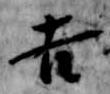
吉